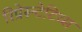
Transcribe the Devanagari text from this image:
रिप्रेस्न्टेटिव्स